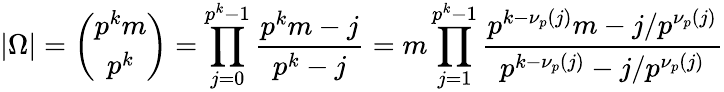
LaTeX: |\Omega|={\binom{p^{k}m}{p^{k}}}=\prod_{j=0}^{p^{k}-1}{\frac{p^{k}m-j}{p^{k}-j}}=m\prod_{j=1}^{p^{k}-1}{\frac{p^{k-\nu_{p}(j)}m-j/p^{\nu_{p}(j)}}{p^{k-\nu_{p}(j)}-j/p^{\nu_{p}(j)}}}